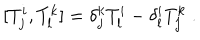
LaTeX: [ T _ { j } ^ { i } , T _ { l } ^ { k } ] = \delta _ { j } ^ { k } T _ { l } ^ { i } - \delta _ { l } ^ { i } T _ { j } ^ { k } \; .